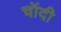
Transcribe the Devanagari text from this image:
चॉदी